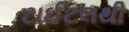
ટાઈટલથી